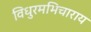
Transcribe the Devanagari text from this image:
विधुरमभिचाराय